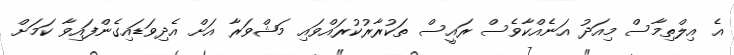
އެ އިލްތިމާސް މިއަދު އަނެއްކާވެސް ރައީސް ތަކުރާރުކުރައްވައި މަޝްވަރާ އަށް އެދިވަޑައިގެންފައިވާ ކަމަށް